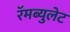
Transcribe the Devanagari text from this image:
रॅमब्युलेट